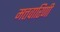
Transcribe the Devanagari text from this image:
मत्तवारिणी